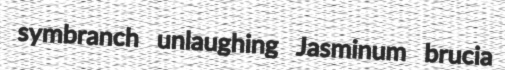
symbranch unlaughing Jasminum brucia